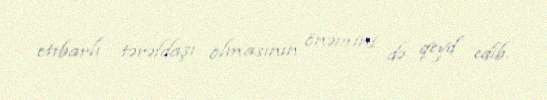
etibarlı tərəfdaşı olmasının önəmini də qeyd edib.